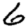
Digit: 6